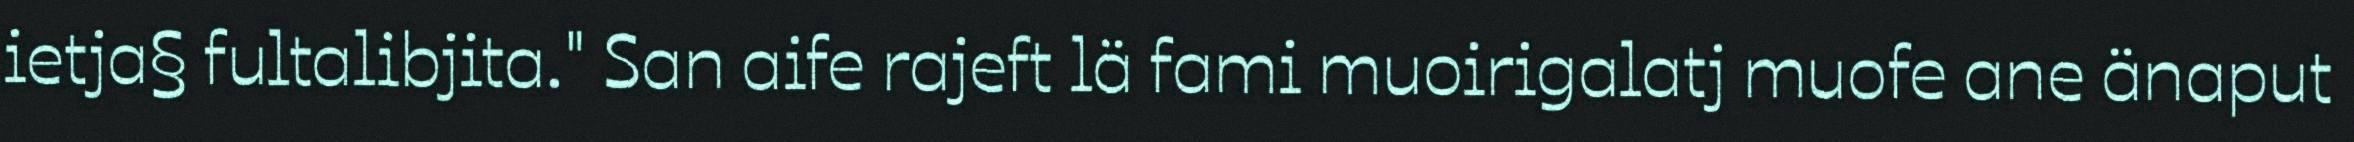
ietja§ fultalibjita." San aife rajeft lä fami muoirigalatj muofe ane änaput